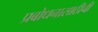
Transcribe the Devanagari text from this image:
प्रबोधनासाठीची